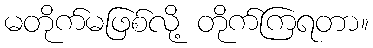
မတိုက်မဖြစ်လို့ တိုက်ကြရတာ။